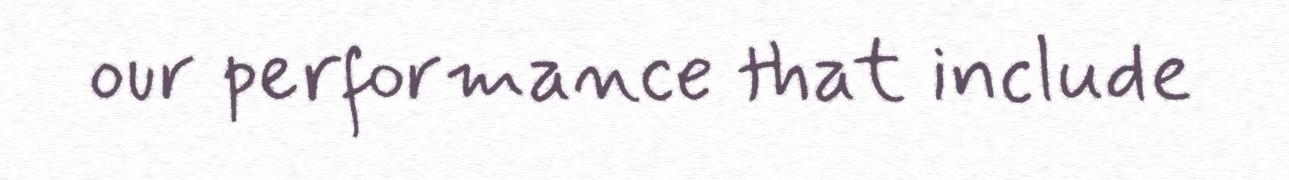
our performance that include